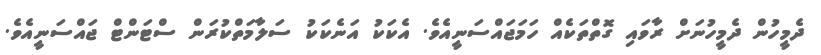
ދެމީހުން ދެމީހުނަށް ރާވައި ގޮތްތަކެއް ހަމަޖައްސަނީއެވެ. އެކަކު އަނެކަކު ސަލާމަތްކުރަން ސްޓަންޓް ޖައްސަނީއެވެ.